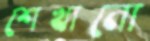
শেখানো